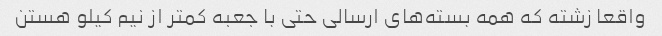
واقعا زشته که همه بسته‌های ارسالی حتی با جعبه کمتر از نیم کیلو‌ هستن